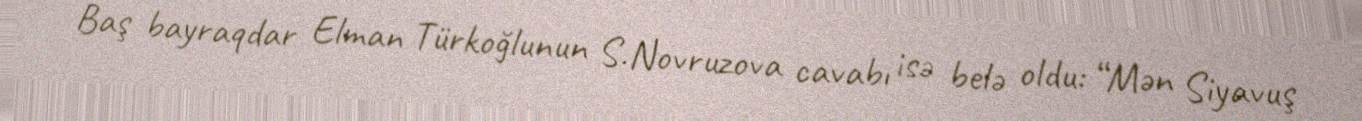
Baş bayraqdar Elman Türkoğlunun S.Novruzova cavabı isə belə oldu: “Mən Siyavuş